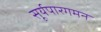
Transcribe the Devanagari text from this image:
सूर्यपारगमन